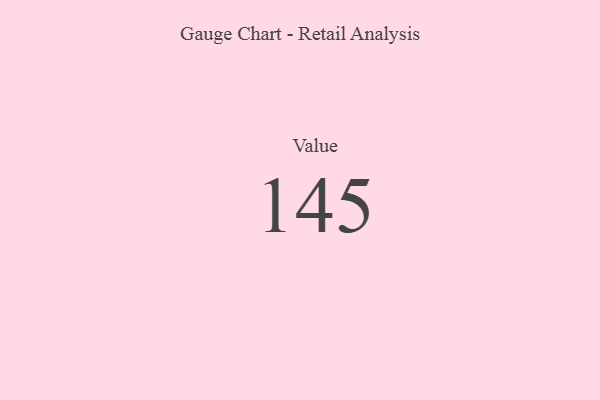
{"axis": {"x": "Metric", "y": "Value"}, "legend": [""], "data": [{"x": "Value", "y": 145, "type": ""}]}